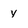
Character: y